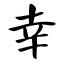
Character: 幸